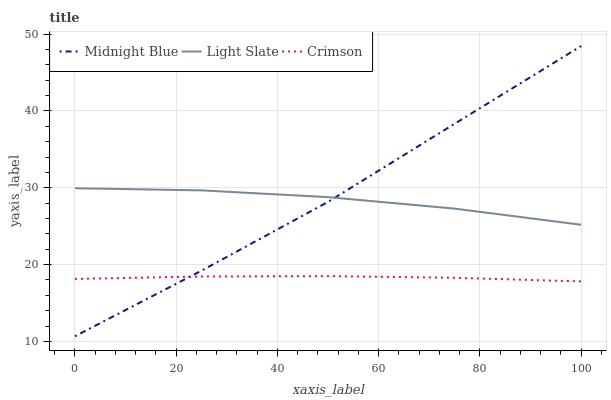
| xaxis_label | Midnight Blue | Light Slate | Crimson |
 | --- | --- | --- | --- |
 | 0 | 10.7 | 29.9 | 18.1 |
 | 25 | 19.2 | 29.7 | 18.4 |
 | 50 | 28.2 | 28.8 | 18.5 |
 | 75 | 38.3 | 27.3 | 18.3 |
 | 100 | 48.5 | 25.2 | 17.8 |